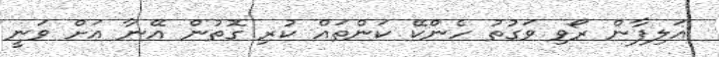
އަލިފާން ރޯވި ވަގުތު ހެންކޭ ކަންތައް ކުރި ގޮތުން އޭނާ އަށް ވަނީ